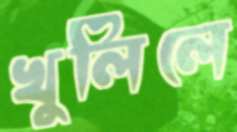
খুলিলে